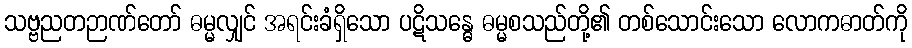
သဗ္ဗညတဉာဏ်တော် ဓမ္မလျှင် အရင်းခံရှိသော ပဋိသန္ဓေ ဓမ္မစသည်တို့၏ တစ်သောင်းသော လောကဓာတ်ကို